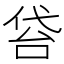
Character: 𠊝